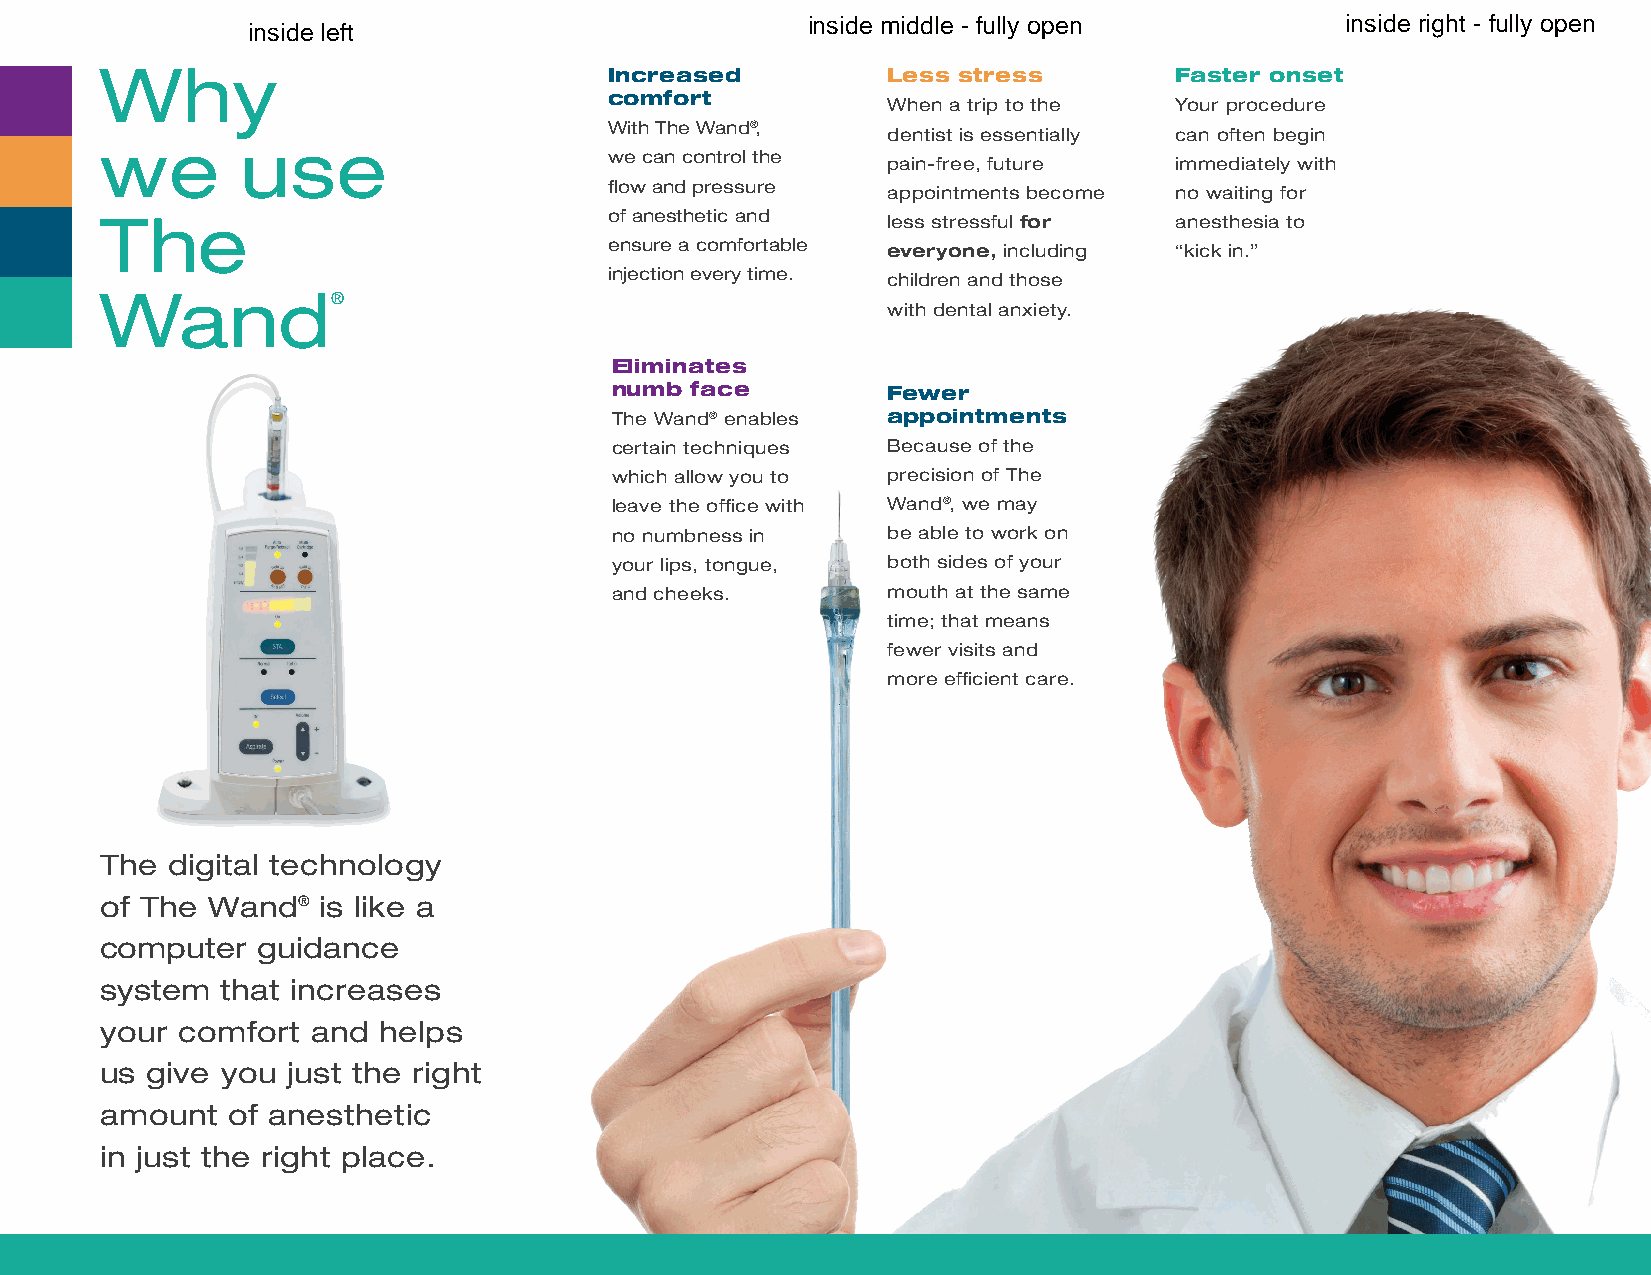
Why                              Increased          Less stress        Faster onset
 comfort
 When a trip to the Your procedure
 With The Wand®,    dentist is essentially can often begin
 we       use
 we can control the pain-free, future  immediately with
 flow and pressure  appointments become no waiting for
 The                              of anesthetic and  less stressful for anesthesia to
 ensure a comfortable everyone, including “kick in.”
 injection every time. children and those
 Wand®
 with dental anxiety.
 Eliminates
 numb  face         Fewer
 The Wand® enables  appointments
 certain techniques Because of the
 which allow you to precision of The
 leave the office with Wand®, we may
 no numbness in     be able to work on
 your lips, tongue, both sides of your
 and cheeks.        mouth at the same
 time; that means
 fewer visits and
 more efficient care.
 The digital technology
 of The Wand®  is like a
 computer  guidance
 system  that increases
 your comfort  and helps
 us give you just the right
 amount  of anesthetic
 in just the right place.